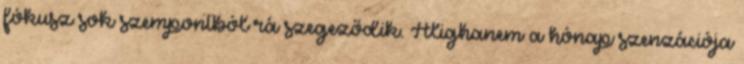
fókusz sok szempontból rá szegeződik. Alighanem a hónap szenzációja